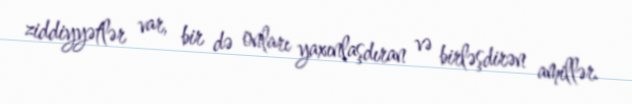
ziddiyyətlər var, bir də onları yaxınlaşdıran və birləşdirən amillər.